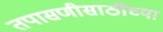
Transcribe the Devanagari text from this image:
तपासणीसाठीच्या